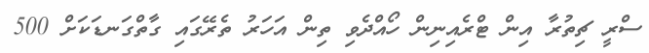
ސްރީ ޗިތުރާ އިން ޓްރެއިނިން ހޯއްދެވި ތިން އަހަރު ތެރޭގައި ގާތްގަނޑަކަށް 500